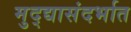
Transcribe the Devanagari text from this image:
मुद्द्यासंदर्भात